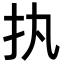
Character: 𢩾